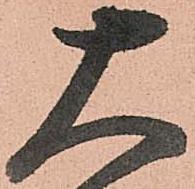
大